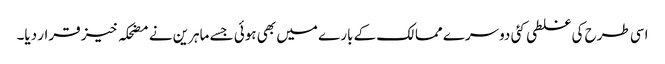
اسی طرح کی غلطی کئی دوسرے ممالک کے بارے میں بھی ہوئی جسے ماہرین نے مضحکہ خیز قرار دیا۔